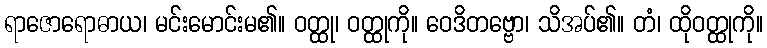
ရာဇောရောဓာယ၊ မင်းမောင်းမ၏။ ဝတ္ထု၊ ဝတ္ထုကို။ ဝေဒိတဗ္ဗော၊ သိအပ်၏။ တံ၊ ထိုဝတ္ထုကို။